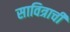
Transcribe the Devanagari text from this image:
सावित्राची